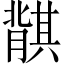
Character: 𬛛